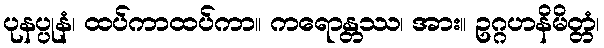
ပုနပ္ပုနံ၊ ထပ်ကာထပ်ကာ။ ကရောန္တဿ၊ အား။ ဥဂ္ဂဟနိမိတ္တံ၊